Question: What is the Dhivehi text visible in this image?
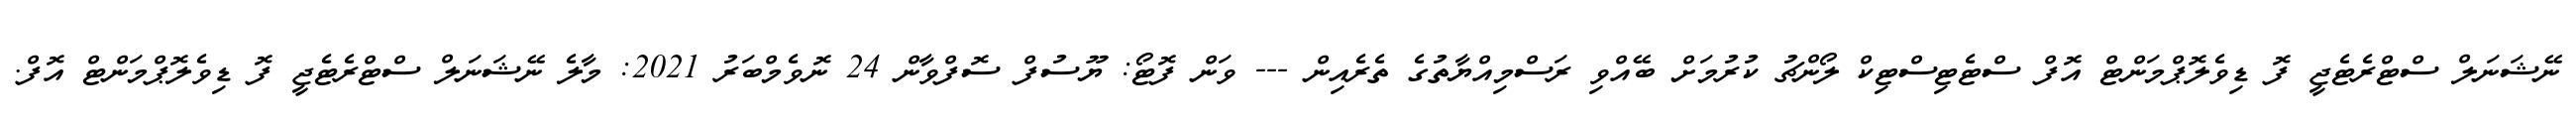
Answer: ނޭޝަނަލް ސްޓްރެޓެޖީ ފޮ ޑިވެލޮޕްމަންޓް އޮފް ސްޓެޓިސްޓިކް ލޯންޗު ކުރުމަށް ބޭއްވި ރަސްމިއްޔާތުގެ ތެރެއިން --- ވަން ފޮޓޯ: ޔޫސުފް ސޮފްވާން 24 ނޮވެމްބަރު 2021: މާލެ ނޭޝަނަލް ސްޓްރެޓެޖީ ފޮ ޑިވެލޮޕްމަންޓް އޮފް.